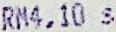
RM4.10 S